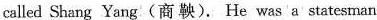
called Shang Yang(商鞅). He was a statesman